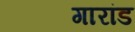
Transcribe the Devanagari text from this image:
गारांड